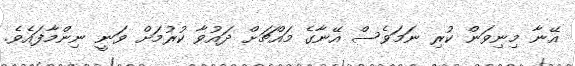
އޭނާ މިނިވަން ކުރި ނަމަވެސް އޭނާގެ މައްޗަށް ދައުވާ ކުރުމަށް ވަނީ ނިންމާފައެވެ.